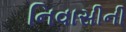
નિવાસીની